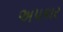
અપકાર